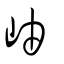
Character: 岫